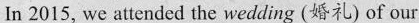
In 2015, we attended the wedding (婚礼) of our